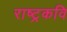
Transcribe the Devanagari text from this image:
राष्‍ट्रकवि